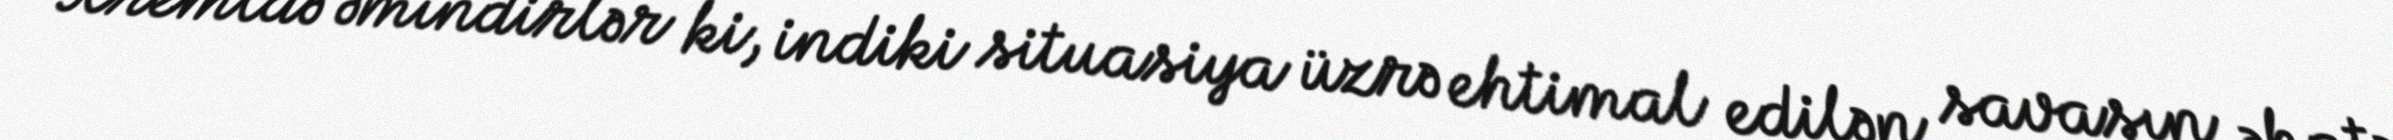
Kremldə əmindirlər ki, indiki situasiya üzrə ehtimal edilən savaşın əhatə